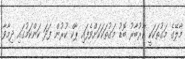
މާލޭގެ މަގުތަކަކީ ކާރުބާރު ބޮޑު މަގުތަކަކަށްވެފައި ޕާކް ކުރުން ފަދަ ކަންކަމުގައި ދިމާވާ